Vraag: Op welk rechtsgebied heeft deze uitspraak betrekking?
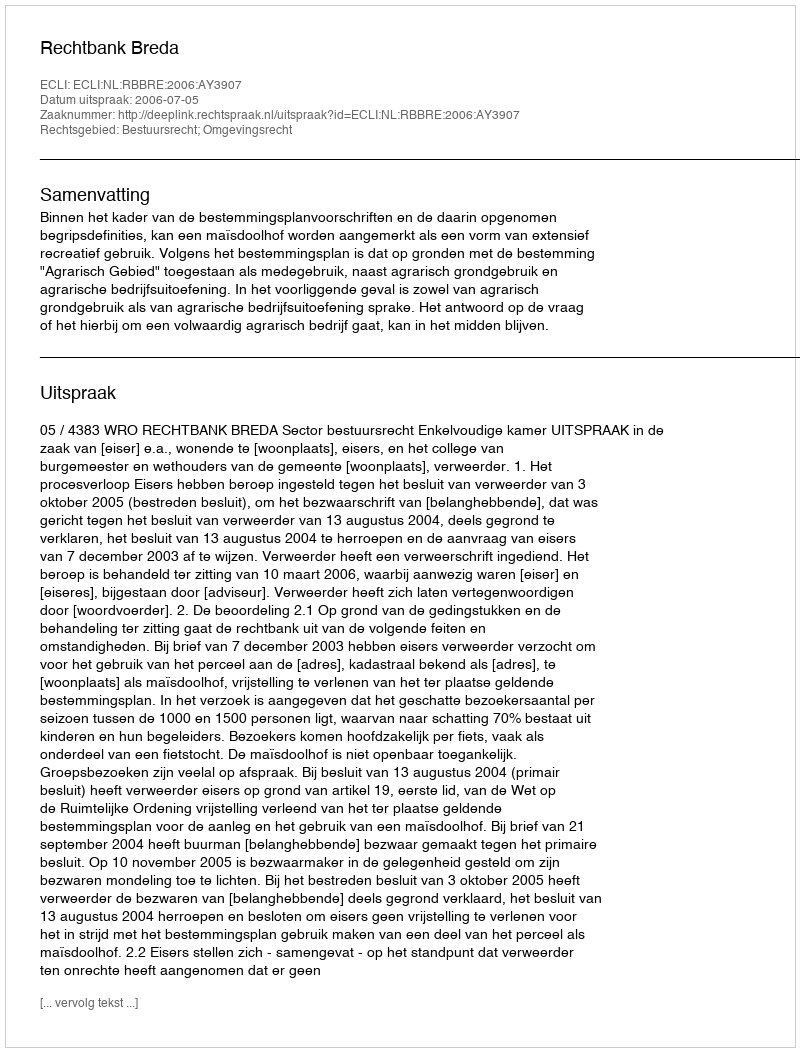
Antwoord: Bestuursrecht; Omgevingsrecht